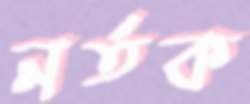
নর্তক